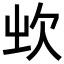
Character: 𣢑